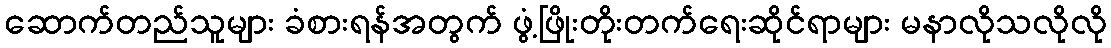
ဆောက်တည်သူများ ခံစားရန်အတွက် ဖွံ့ဖြိုးတိုးတက်ရေးဆိုင်ရာများ မနာလိုသလိုလို